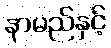
နာမည်နှင့်